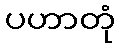
ပဟာတုံ